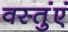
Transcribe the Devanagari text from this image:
वस्तुंएं